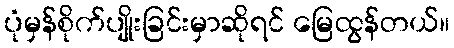
ပုံမှန်စိုက်ပျိုးခြင်းမှာဆိုရင် မြေထွန်တယ်။